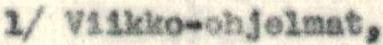
1/ Viikko-ohjelmat,